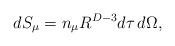
LaTeX: \begin{align*}dS_{\mu}=n_{\mu} R^{D-3} d\tau\, d\Omega,\end{align*}